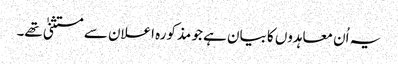
یہ اُن معاہدوں کا بیان ہے جو مذکورہ اعلان سے مستثنیٰ تھے۔